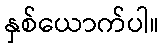
နှစ်ယောက်ပါ။